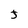
Character: J